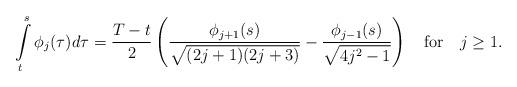
LaTeX: \begin{align*}\int\limits_t^s\phi_j(\tau)d\tau=\frac{T-t}{2}\left(\frac{\phi_{j+1}(s)}{\sqrt{(2j+1)(2j+3)}}-\frac{\phi_{j-1}(s)}{\sqrt{4j^2-1}}\right)\ \ \ \hbox{for}\ \ \ j\ge 1.\end{align*}